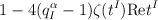
LaTeX: \begin{align*}\,1 - 4(q^\alpha_I - 1)\zeta(t^I){\rm Re}t^I\,\end{align*}